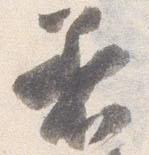
着